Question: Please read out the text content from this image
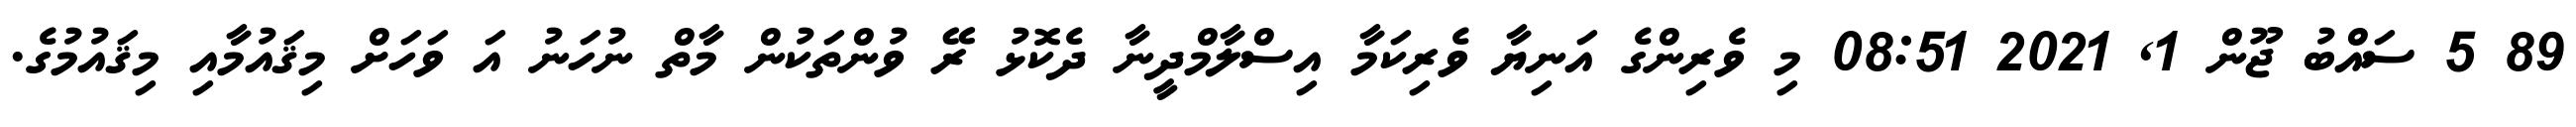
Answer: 89 5 ސައްބު ޖޫން 1, 2021 08:51 މި ވެރިންގެ އަނިޔާ ވެރިކަމާ އިސްލާމްދީނާ ދެކޮޅު ރޭ ވުންތަކުން މާތް ނުހަނު އަ ވަހަށް މިޤައުމާއި މިޤައުމުގެ.